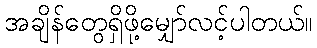
အချိန်တွေရှိဖို့မျှော်လင့်ပါတယ်။